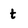
Character: t